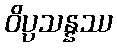
ဝိပ္ပသန္နဿ